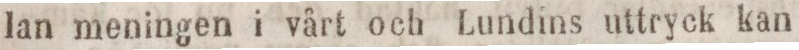
lan meningen i vårt och Lundins uttryck kan